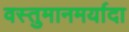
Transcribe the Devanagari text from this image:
वस्तुमानमर्यादा